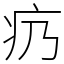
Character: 疓